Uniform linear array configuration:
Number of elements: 4
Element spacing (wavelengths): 0.25
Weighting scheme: hamming
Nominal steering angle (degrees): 30
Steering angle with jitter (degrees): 31.694
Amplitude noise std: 0.05
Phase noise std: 0.05

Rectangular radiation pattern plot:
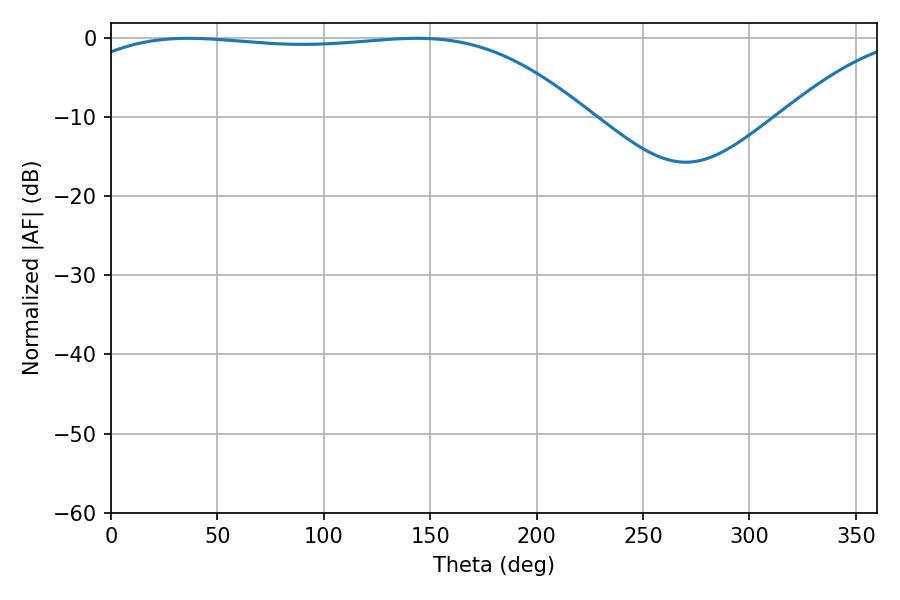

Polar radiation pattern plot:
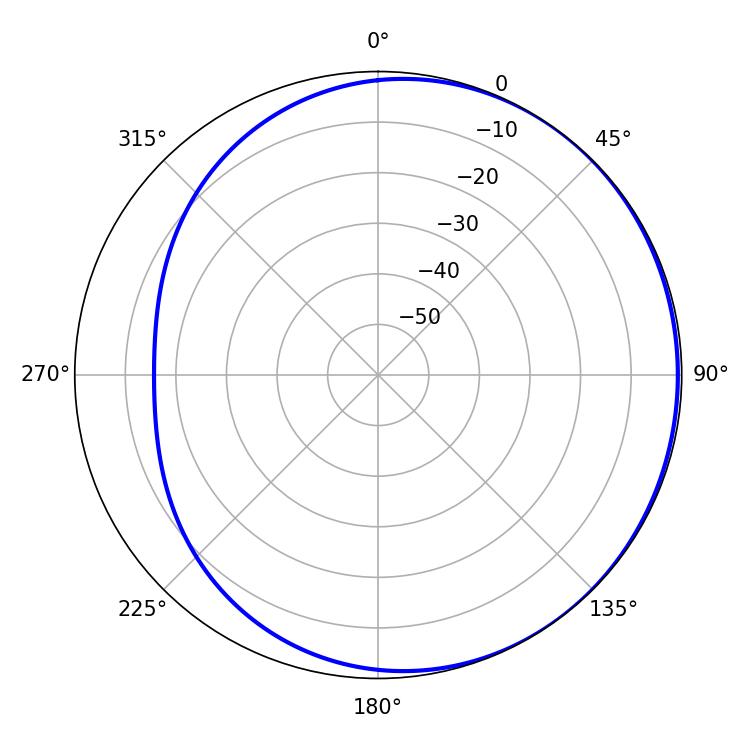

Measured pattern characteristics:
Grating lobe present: FALSE
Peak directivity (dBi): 0.9703
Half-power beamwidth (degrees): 190.62
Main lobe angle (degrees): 36.36